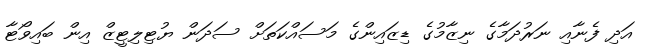
އަދި ފެނާއި ނަރުދަމާގެ ނިޒާމުގެ ޑިޒައިންގެ މަަސައްކަތަށް ސަދަން ޔުޓިލިޓީޒް އިން ބައިވޯޓާ